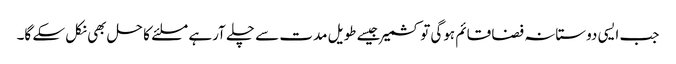
جب ایسی دوستانہ فضا قائم ہوگی تو کشمیر جیسے طویل مدت سے چلے آرہے مسلئے کا حل بھی نکل سکے گا۔